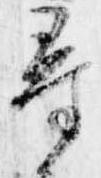
尋